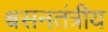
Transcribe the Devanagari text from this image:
श्वसनतंत्रीय